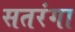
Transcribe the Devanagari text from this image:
सतरंगा